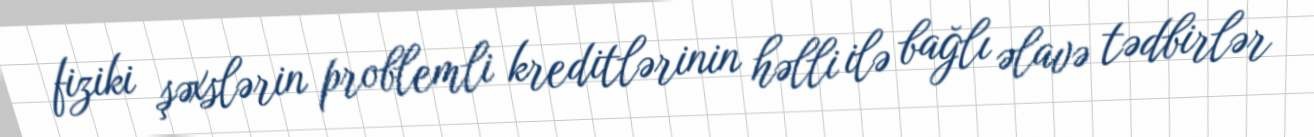
fiziki şəxslərin problemli kreditlərinin həlli ilə bağlı əlavə tədbirlər